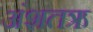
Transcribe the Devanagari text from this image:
अंशतऋ